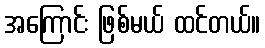
အကြောင်း ဖြစ်မယ် ထင်တယ်။